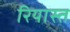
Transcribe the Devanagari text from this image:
रियास्त